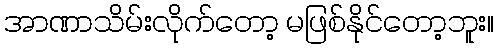
အာဏာသိမ်းလိုက်တော့ မဖြစ်နိုင်တော့ဘူး။